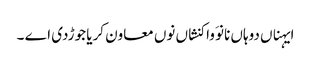
ایہناں دوہاں نانوَ واکنشاں نوں معاون کریا جوڑدی اے ۔